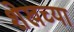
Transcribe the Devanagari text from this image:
शेखच्या